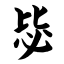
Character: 毖